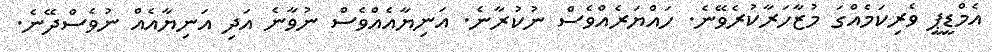
އެމްޑީޕީ ވެރިކަމެއްްގަ މުޒާހަރާކުރެވޭނެ. ހައްޔަރެއްވެސް ނުކުރާނެ. އަނިޔާއެއްވެސް ނުވާނެ އަދި އަނިޔާއެއް ނުވެސްދޭނެ.